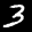
Label: 3